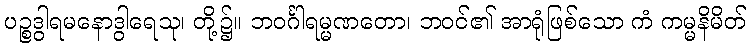
ပဉ္စဒွါရမနောဒွါရေသု၊ တို့၌။ ဘဝင်္ဂါရမ္မဏတော၊ ဘဝင်၏ အာရုံဖြစ်သော ကံ ကမ္မနိမိတ်